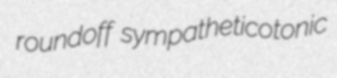
roundoff sympatheticotonic